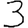
Digit: 3